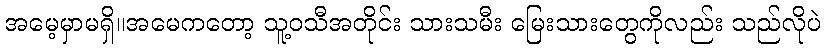
အမေ့မှာမရှိ။အမေကတော့ သူ့ဝသီအတိုင်း သားသမီး မြေးသားတွေကိုလည်း သည်လိုပဲ